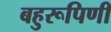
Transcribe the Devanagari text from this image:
बहुरूपिणी